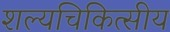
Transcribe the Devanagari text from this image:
शल्यचिकित्सीय